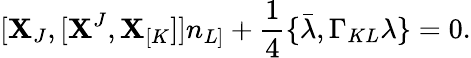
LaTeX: [\mathbf{X}_{J},[\mathbf{X}^{J},\mathbf{X}_{[K}]]n_{L]}+{\frac{{1}}{{4}}}\{ \bar{{\lambda}},\Gamma_{KL}\lambda\} =0.